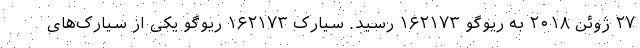
۲۷ ژوئن ۲۰۱۸ به ریوگو ۱۶۲۱۷۳ رسید. سیارک ۱۶۲۱۷۳ ریوگو یکی از سیارک‌های